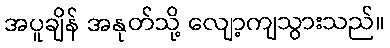
အပူချိန် အနုတ်သို့ လျော့ကျသွားသည်။